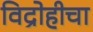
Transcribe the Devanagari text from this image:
विद्रोहीचा